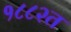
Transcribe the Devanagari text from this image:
१८८२त